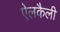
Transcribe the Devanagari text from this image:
ऐलकैली